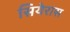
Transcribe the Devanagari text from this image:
सियेरास